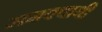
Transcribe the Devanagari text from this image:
समक्वाथी